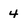
Character: 4